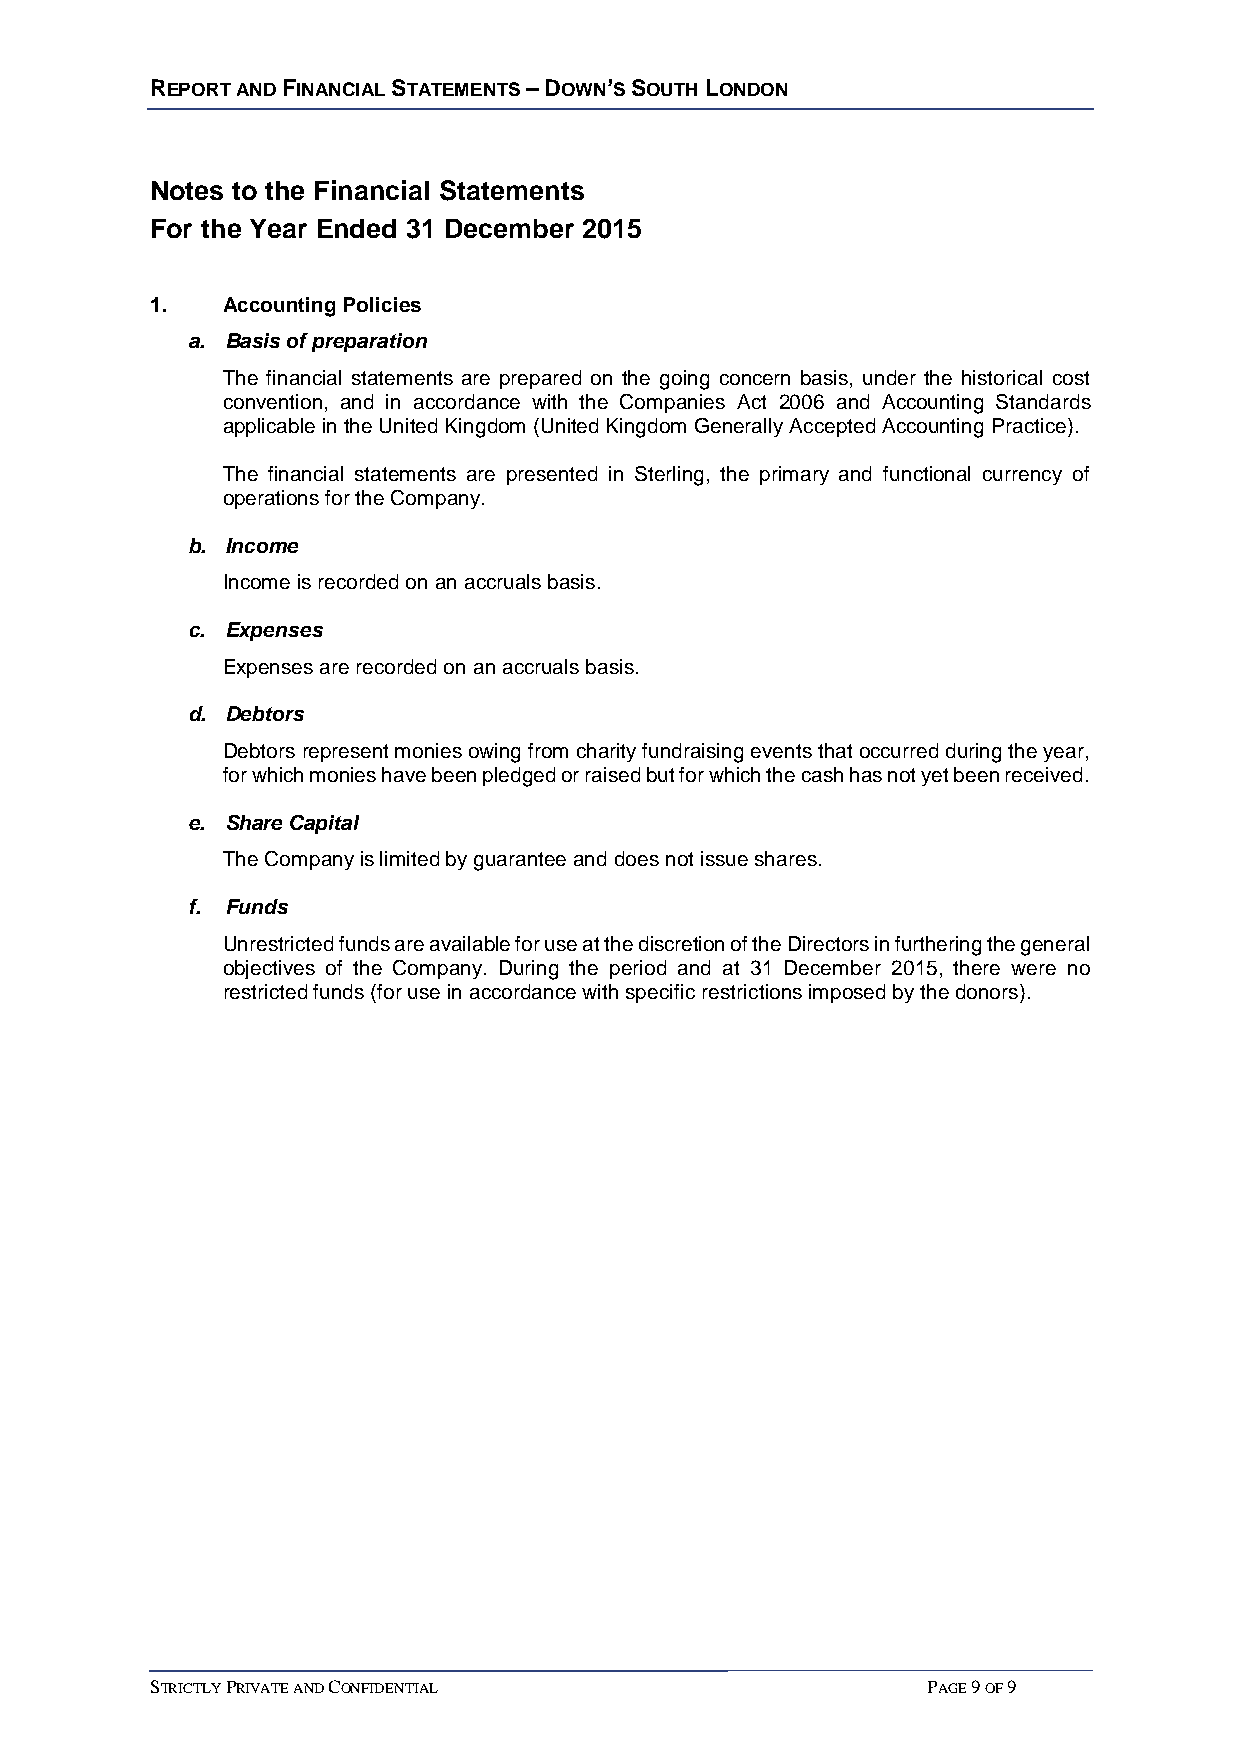
REPORT AND FINANCIAL STATEMENTS – DOWN’S SOUTH LONDON
 Notes to the Financial Statements
 For the Year Ended 31 December 2015
 1.   Accounting Policies
 a. Basis of preparation
 The financial statements are prepared on the going concern basis, under the historical cost
 convention, and in accordance with the Companies Act 2006 and Accounting Standards
 applicable in the United Kingdom (United Kingdom Generally Accepted Accounting Practice).
 The financial statements are presented in Sterling, the primary and functional currency of
 operations for the Company.
 b. Income
 Income is recorded on an accruals basis.
 c. Expenses
 Expenses are recorded on an accruals basis.
 d. Debtors
 Debtors represent monies owing from charity fundraising events that occurred during the year,
 for which monies have been pledged or raised but for which the cash has not yet been received.
 e. Share Capital
 The Company is limited by guarantee and does not issue shares.
 f. Funds
 Unrestricted funds are available for use at the discretion of the Directors in furthering the general
 objectives of the Company. During the period and at 31 December 2015, there were no
 restricted funds (for use in accordance with specific restrictions imposed by the donors).
 STRICTLY PRIVATE AND CONFIDENTIAL                  PAGE 9 OF 9